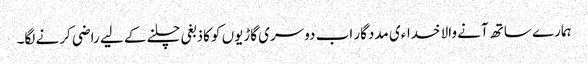
ہمارے ساتھ آنے والا خداءی مددگار اب دوسری گاڑیوں کو کاذبغی چلنے کے لیے راضی کرنے لگا۔